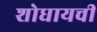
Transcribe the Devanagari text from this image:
शोधायची